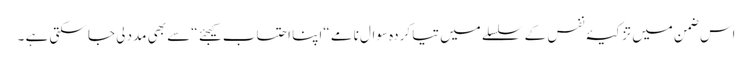
اس ضمن میں تزکیۂ نفس کے سلسلے میں تیا کردہ سوال نامے “اپنا احتساب کیجئے “سے بھی مدد لی جا سکتی ہے ۔